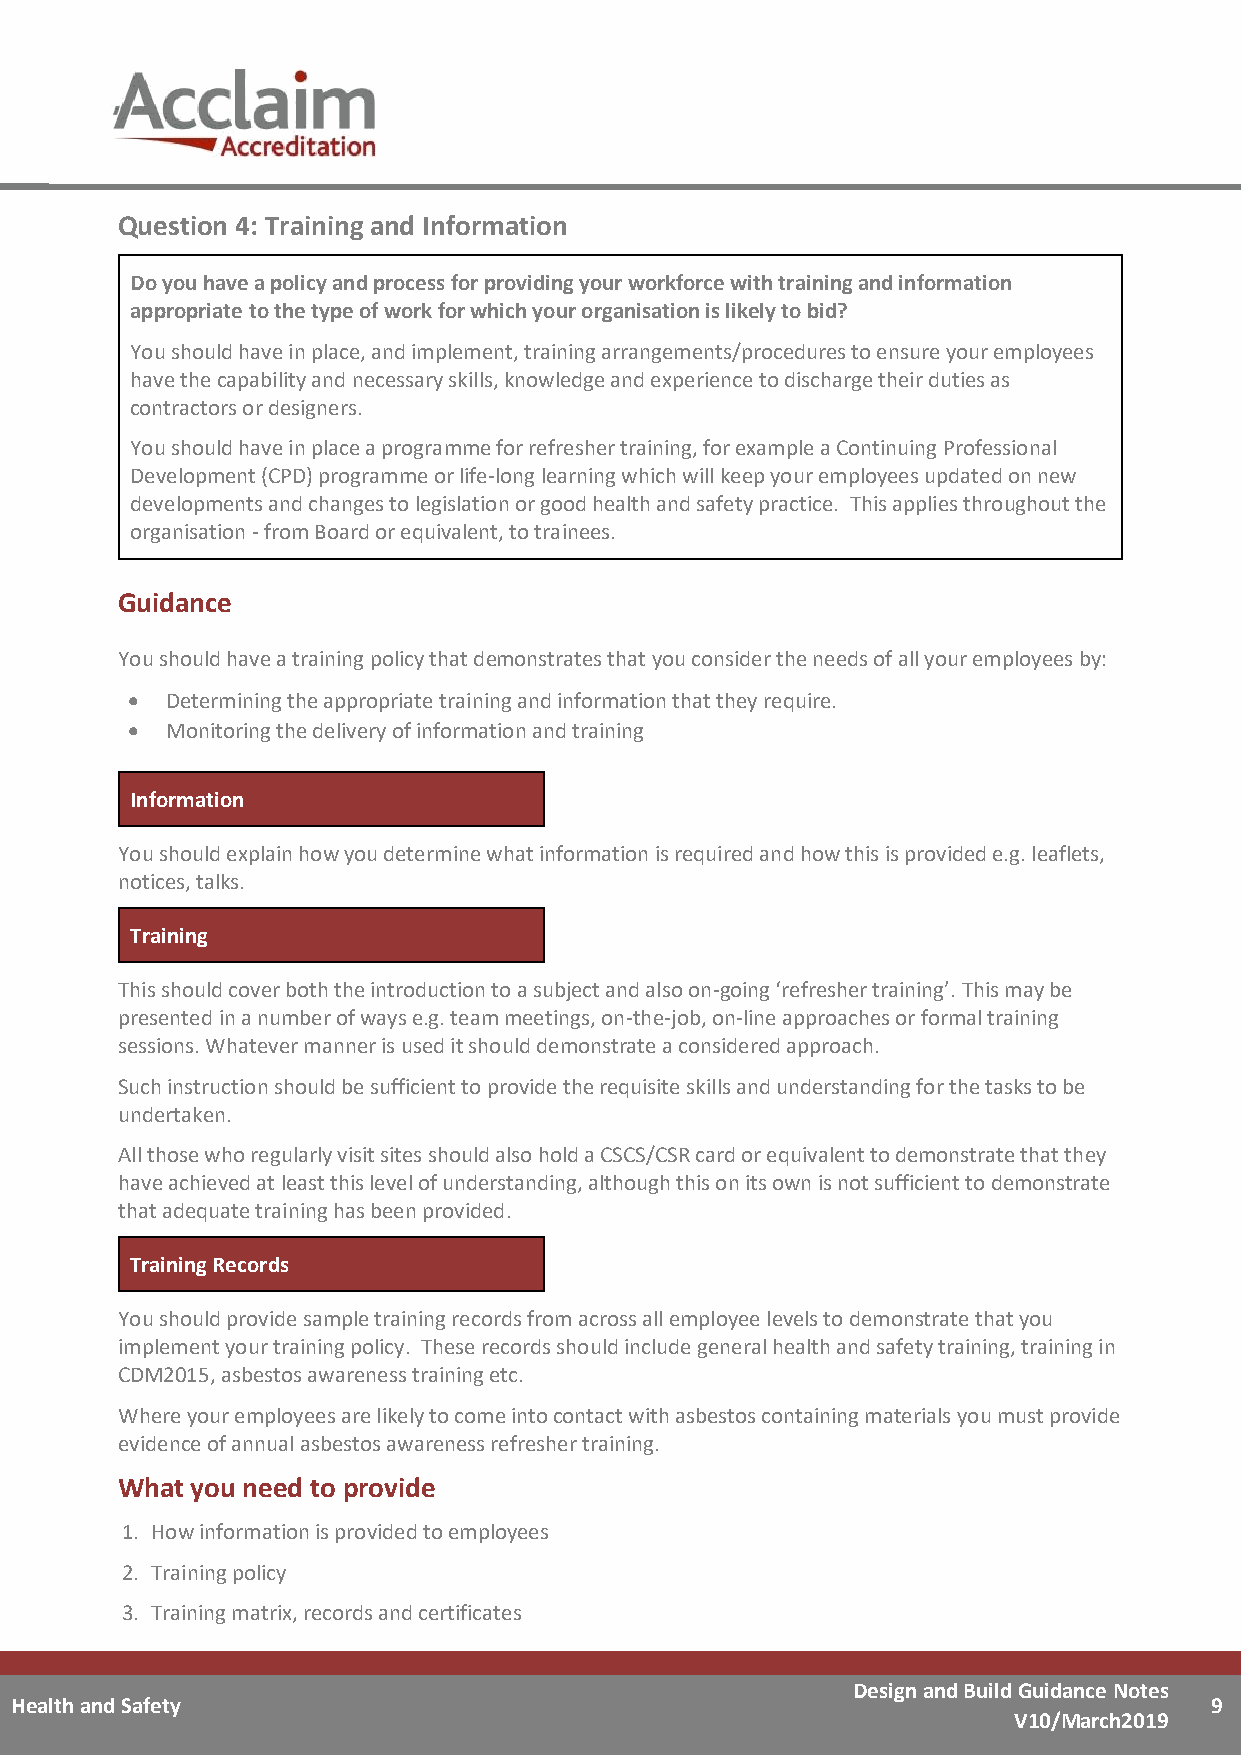
Question 4: Training and Information
 Do you have a policy and process for providing your workforce with training and information
 appropriate to the type of work for which your organisation is likely to bid?
 You should have in place, and implement, training arrangements/procedures to ensure your employees
 have the capability and necessary skills, knowledge and experience to discharge their duties as
 contractors or designers.
 You should have in place a programme for refresher training, for example a Continuing Professional
 Development (CPD) programme or life-long learning which will keep your employees updated on new
 developments and changes to legislation or good health and safety practice. This applies throughout the
 organisation - from Board or equivalent, to trainees.
 Guidance
 You should have a training policy that demonstrates that you consider the needs of all your employees by:
 •  Determining the appropriate training and information that they require.
 •  Monitoring the delivery of information and training
 Information
 You should explain how you determine what information is required and how this is provided e.g. leaflets,
 notices, talks.
 Training
 This should cover both the introduction to a subject and also on-going ‘refresher training’. This may be
 presented in a number of ways e.g. team meetings, on-the-job, on-line approaches or formal training
 sessions. Whatever manner is used it should demonstrate a considered approach.
 Such instruction should be sufficient to provide the requisite skills and understanding for the tasks to be
 undertaken.
 All those who regularly visit sites should also hold a CSCS/CSR card or equivalent to demonstrate that they
 have achieved at least this level of understanding, although this on its own is not sufficient to demonstrate
 that adequate training has been provided.
 Training Records
 You should provide sample training records from across all employee levels to demonstrate that you
 implement your training policy. These records should include general health and safety training, training in
 CDM2015, asbestos awareness training etc.
 Where your employees are likely to come into contact with asbestos containing materials you must provide
 evidence of annual asbestos awareness refresher training.
 What you need to provide
 1. How information is provided to employees
 2. Training policy
 3. Training matrix, records and certificates
 Design and Build Guidance Notes
 Health and Safety                                                              9
 V10/March2019